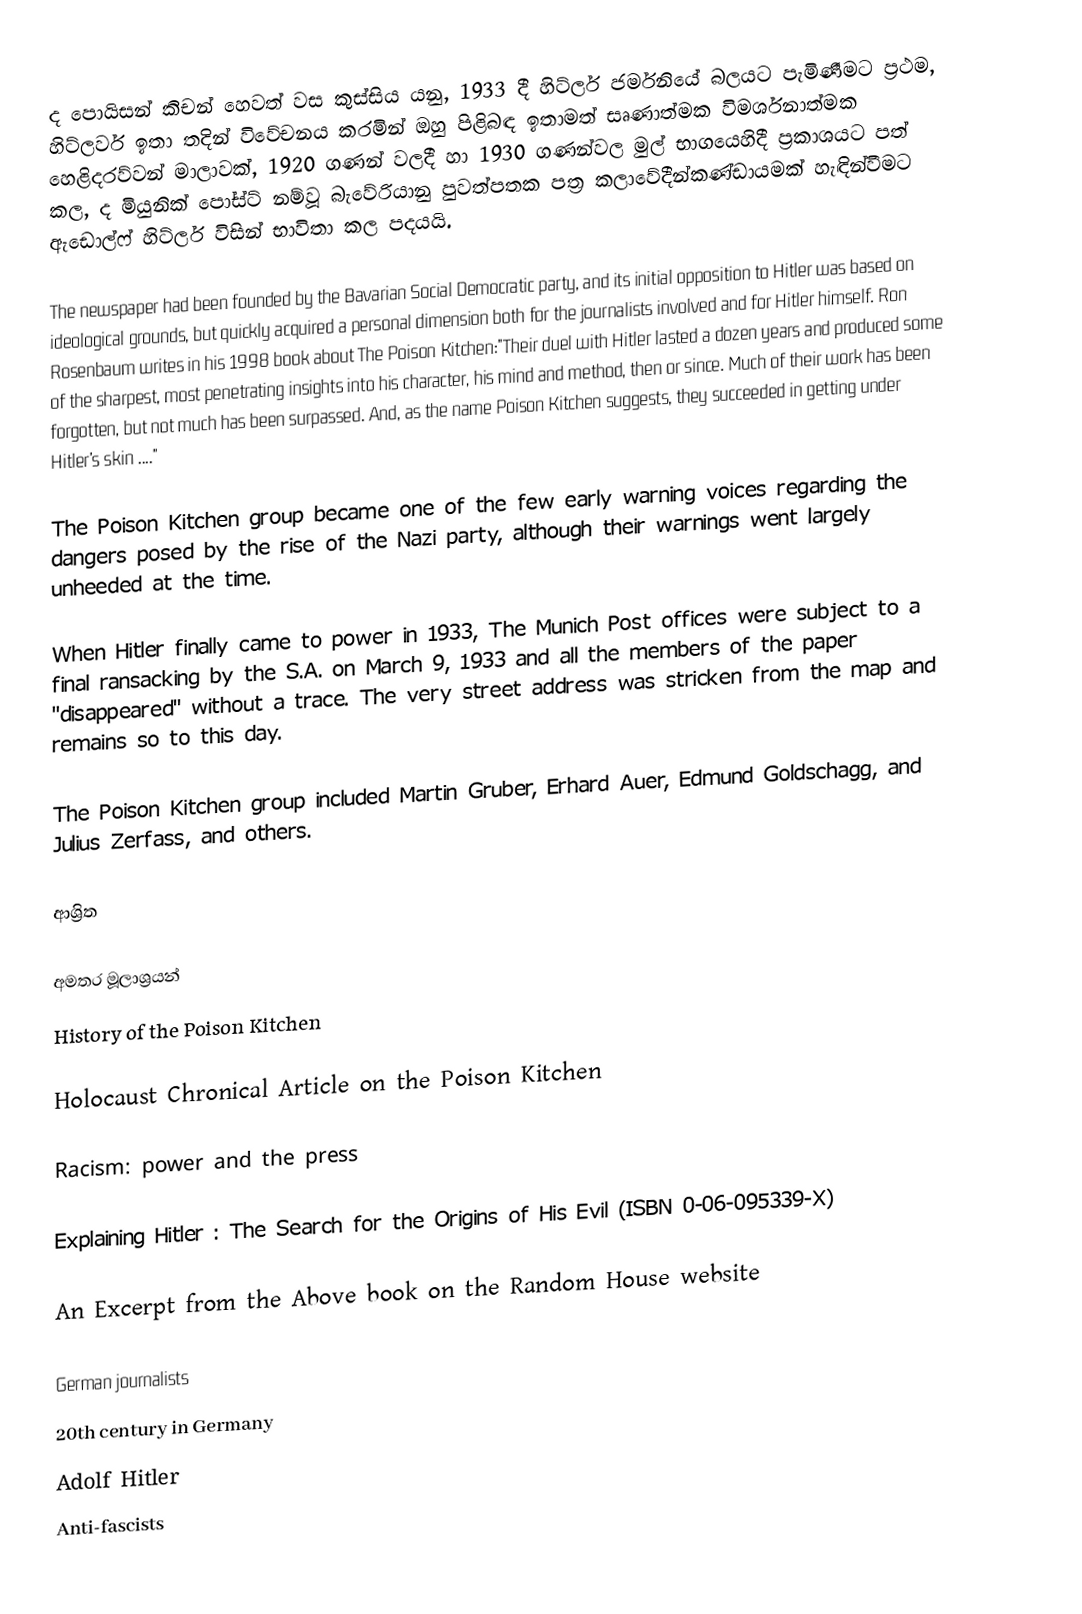
ද පොයිසන් කිචන් හෙවත් වස කුස්සිය යනු,  1933 දී හිට්ලර්  ජර්මනියේ බලයට පැමිණීමට ප්‍රථම, හිට්ලර්ව ඉතා තදින් විවේචනය කරමින් ඔහු පිළිබඳ ඉතාමත් සෘණාත්මක විමර්ශනාත්මක හෙළිදරව්වන් මාලාවක්, 1920 ගණන් වලදී හා 1930 ගණන්වල මුල් භාගයෙහිදී ප්‍රකාශයට පත් කල, ද මියුනික් පෝස්ට් නම්වූ බැවේරියානු පුවත්පතක පත්‍ර කලාවේදීන්කණ්ඩායමක් හැඳින්වීමට  ඇඩොල්ෆ් හිට්ලර් විසින් භාවිතා කල පදයයි.

The newspaper had been founded by the Bavarian Social Democratic party, and its initial opposition to Hitler was based on ideological grounds, but quickly acquired a personal dimension both for the journalists involved and for Hitler himself. Ron Rosenbaum writes in his 1998 book about The Poison Kitchen:"Their duel with Hitler lasted a dozen years and produced some of the sharpest, most penetrating insights into his character, his mind and method, then or since. Much of their work has been forgotten, but not much has been surpassed. And, as the name Poison Kitchen suggests, they succeeded in getting under Hitler's skin ...."

The Poison Kitchen group became one of the few early warning voices regarding the dangers posed by the rise of the Nazi party, although their warnings went largely unheeded at the time.

When Hitler finally came to power in 1933, The Munich Post offices were subject to a final ransacking by the S.A. on March 9, 1933 and all the members of the paper "disappeared" without a trace.  The very street address was stricken from the map and remains so to this day.

The Poison Kitchen group included Martin Gruber, Erhard Auer, Edmund Goldschagg, and Julius Zerfass, and others.

ආශ්‍රිත

අමතර මූලාශ්‍රයන්
History of the Poison Kitchen

Holocaust Chronical Article on the Poison Kitchen

Racism: power and the press

Explaining Hitler : The Search for the Origins of His Evil (ISBN 0-06-095339-X)

An Excerpt from the Above book on the Random House website

German journalists
20th century in Germany
Adolf Hitler
Anti-fascists